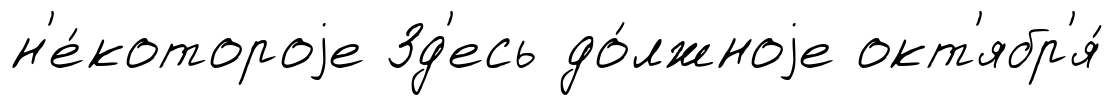
н'е́котороjе Зд'есь до́лжноjе окт'ябр'я́